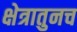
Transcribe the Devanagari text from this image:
क्षेत्रातुनच